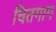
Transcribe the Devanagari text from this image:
चितगाग